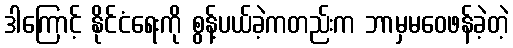
ဒါကြောင့် နိုင်ငံရေးကို စွန့်ပယ်ခဲ့ကတည်းက ဘာမှမဝေဖန်ခဲ့တဲ့